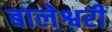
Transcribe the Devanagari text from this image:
बालेश्वरी